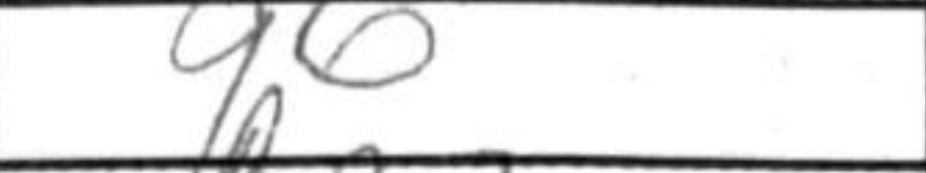
Transcription: g6